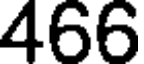
466